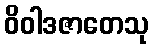
ဝိဝါဒဇာတေသု